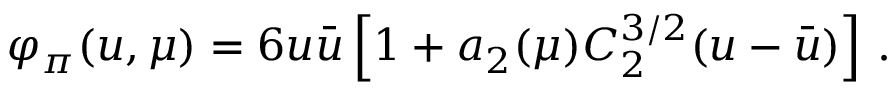
\varphi _ { \pi } ( u , \mu ) = 6 u \bar { u } \left[ 1 + a _ { 2 } ( \mu ) C _ { 2 } ^ { 3 / 2 } ( u - \bar { u } ) \right] \, .